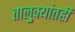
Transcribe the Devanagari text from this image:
तालुक्यांतही